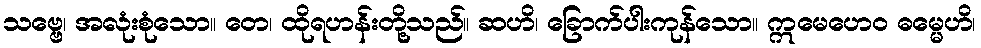
သဗ္ဗေ၊ အလုံးစုံသော။ တေ၊ ထိုရဟန်းတို့သည်။ ဆဟိ၊ ခြောက်ပါးကုန်သော။ ဣမေဟေဝ ဓမ္မေဟိ၊